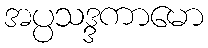
အပ္ပသဒ္ဒကာမော